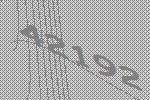
42192